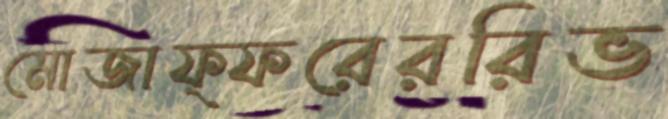
মোজাফ্ফরেররিভ